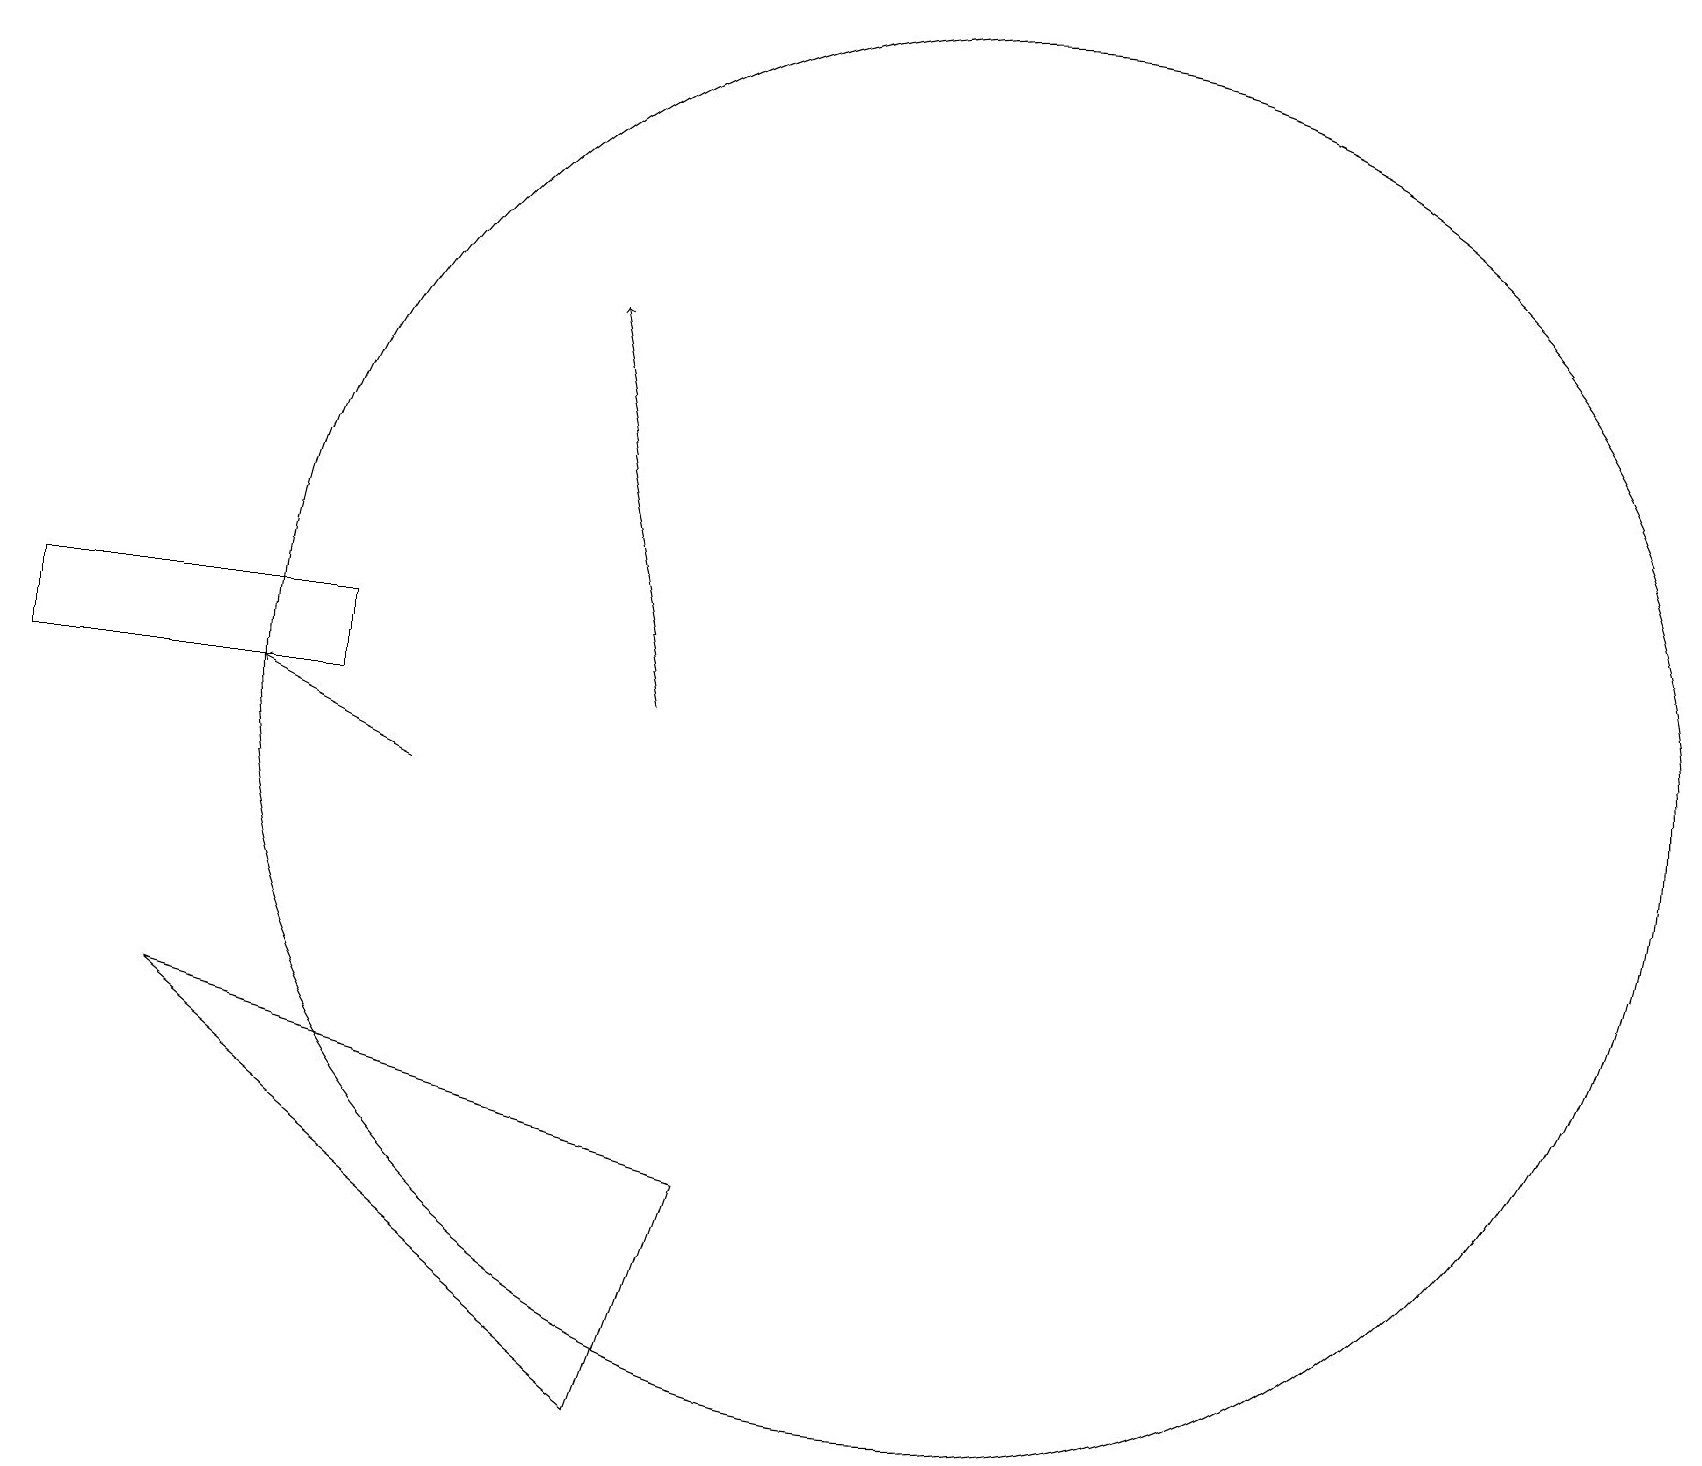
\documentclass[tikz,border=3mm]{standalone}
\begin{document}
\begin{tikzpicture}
\draw (0,12) rectangle (4,13);
\draw (12,12) circle (9);
\draw[->] (5,11) -- (3,12);
\draw[->] (8,12) -- (7,17);
\draw (8,3) -- (2,8) -- (9,6) -- cycle;
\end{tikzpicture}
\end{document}